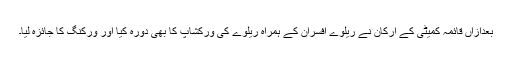
بعدازاں قائمہ کمیٹی کے ارکان نے ریلوے افسران کے ہمراہ ریلوے کی ورکشاپ کا بھی دورہ کیا اور ورکنگ کا جائزہ لیا۔